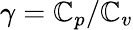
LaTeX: \gamma=\mathbb{C}_{p}/\mathbb{C}_{v}